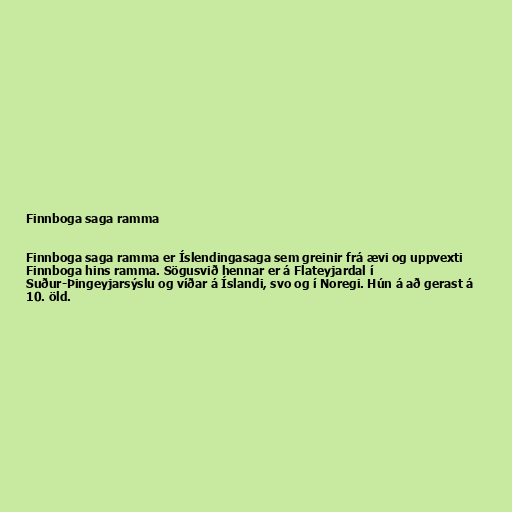
Finnboga saga ramma

Finnboga saga ramma er Íslendingasaga sem greinir frá ævi og uppvexti
Finnboga hins ramma. Sögusvið hennar er á Flateyjardal í
Suður-Þingeyjarsýslu og víðar á Íslandi, svo og í Noregi. Hún á að gerast á
10. öld.